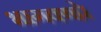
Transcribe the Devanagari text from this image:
भागवणारे